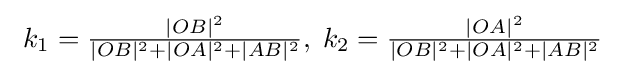
\ k_{1}={\tfrac {|OB|^{2}}{|OB|^{2}+|OA|^{2}+|AB|^{2}}},\;k_{2}={\tfrac {|OA|^{2}}{|OB|^{2}+|OA|^{2}+|AB|^{2}}}\